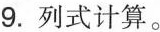
9.列式计算。